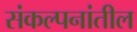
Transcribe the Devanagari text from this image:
संकल्पनांतील